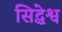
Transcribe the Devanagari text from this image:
सिद्धेश्व